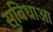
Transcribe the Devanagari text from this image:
सुविधाआ